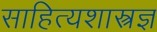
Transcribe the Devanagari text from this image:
साहित्यशास्त्रज्ञ